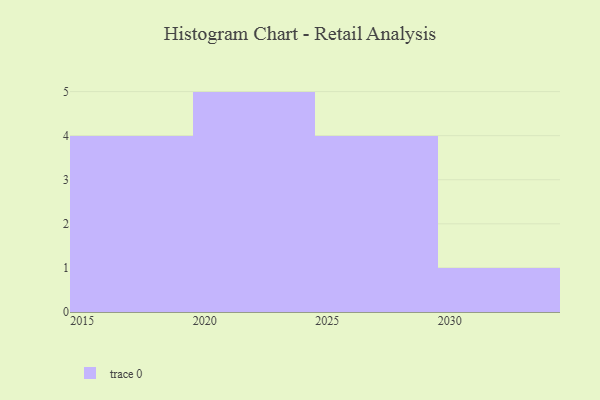
{"axis": {"x": "Year", "y": "Temperature (°C)"}, "legend": [""], "data": [{"x": "2020", "y": 98, "type": ""}, {"x": "2029", "y": 45, "type": ""}, {"x": "2017", "y": 31, "type": ""}, {"x": "2021", "y": 39, "type": ""}, {"x": "2015", "y": 81, "type": ""}, {"x": "2023", "y": 88, "type": ""}, {"x": "2030", "y": 82, "type": ""}, {"x": "2024", "y": 86, "type": ""}, {"x": "2026", "y": 79, "type": ""}, {"x": "2028", "y": 4, "type": ""}, {"x": "2018", "y": 31, "type": ""}, {"x": "2022", "y": 35, "type": ""}, {"x": "2025", "y": 84, "type": ""}, {"x": "2019", "y": 21, "type": ""}]}